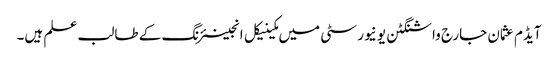
آیڈم عثمان جارج واشنگٹن یو نیورسٹی میں مکینیکل انجینئرنگ کے طالب علم ہیں۔